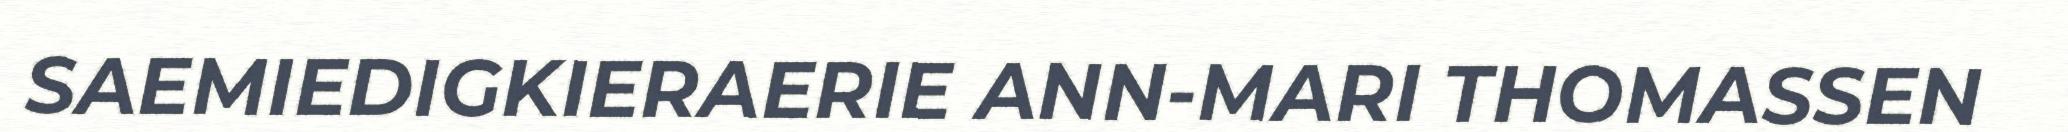
SAEMIEDIGKIERAERIE ANN-MARI THOMASSEN